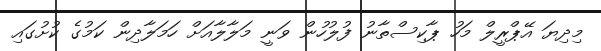
މިދިޔަ އޭޕްރީލް މަހު ޕާކިސްތާނު ފުލުހުން ވަނީ މަލާލާއަށް ހަމަލާދިން ކަމުގެ ކުށުގައި